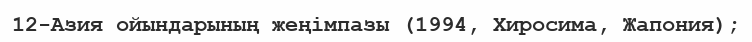
12-Азия ойындарының жеңімпазы (1994, Хиросима, Жапония);